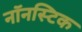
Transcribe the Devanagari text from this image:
नॉनस्टिक